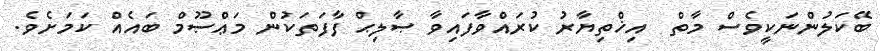
ބޭކަލުންނަކީވެސް މާތް  އިޚްތިޔާރު ކުރައްވާފައިވާ ޞާލިޙް ފާފަތަކުން މަޢްޞޫމް ބައެއް ކަމަށެވެ.